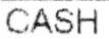
CASH